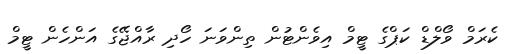
ކެރަމް ވޯލްޑް ކަޕްގެ ޓީމް އިވެންޓުން ތިންވަނަ ހޯދި ރާއްޖޭގެ އަންހެން ޓީމް